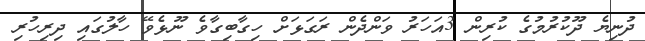
ދުނިޔެ ދޫކުރުމުގެ ކުރިން 3އަހަރު ވަންދެން ރަގަޅަށް ހިގާބިގާވެ ނޫޅެވޭ ހާލުގައި ދިރިހުރި